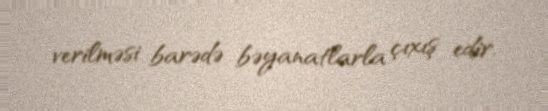
verilməsi barədə bəyanatlarla çıxış edir.